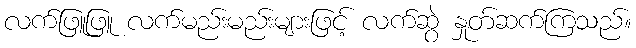
လက်ဖြူဖြူ လက်မည်းမည်းများဖြင့် လက်ဆွဲ နှုတ်ဆက်ကြသည်။